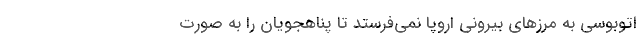
اتوبوسی به مرزهای بیرونی اروپا نمی‌فرستد تا پناهجویان را به صورت